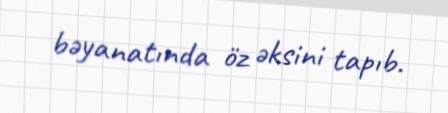
bəyanatında öz əksini tapıb.